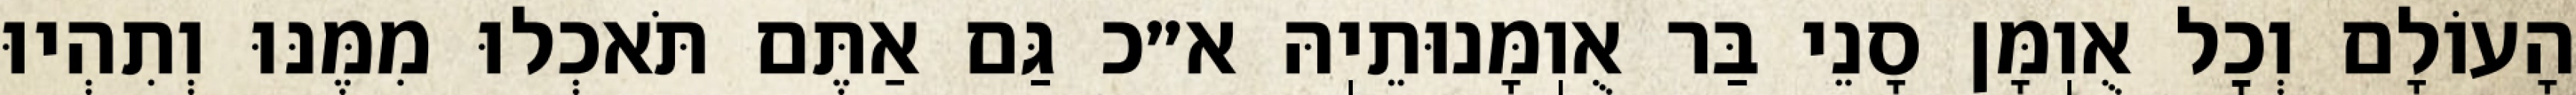
הָעוֹלָם וְכׇל אֻוֽמָּן סָנֵי בַּר אֻוֽמָּנוּתֵיֽהּ א״כ גַּם אַתֶּם תֹּאכְלוּ מִמֶּנּוּ וְתִהְיוּ